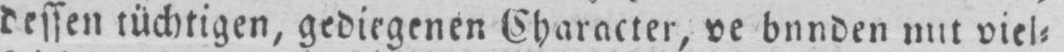
mit viel⸗